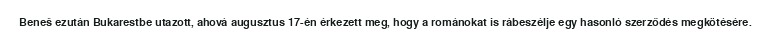
Beneš ezután Bukarestbe utazott, ahová augusztus 17-én érkezett meg, hogy a románokat is rábeszélje egy hasonló szerződés megkötésére.